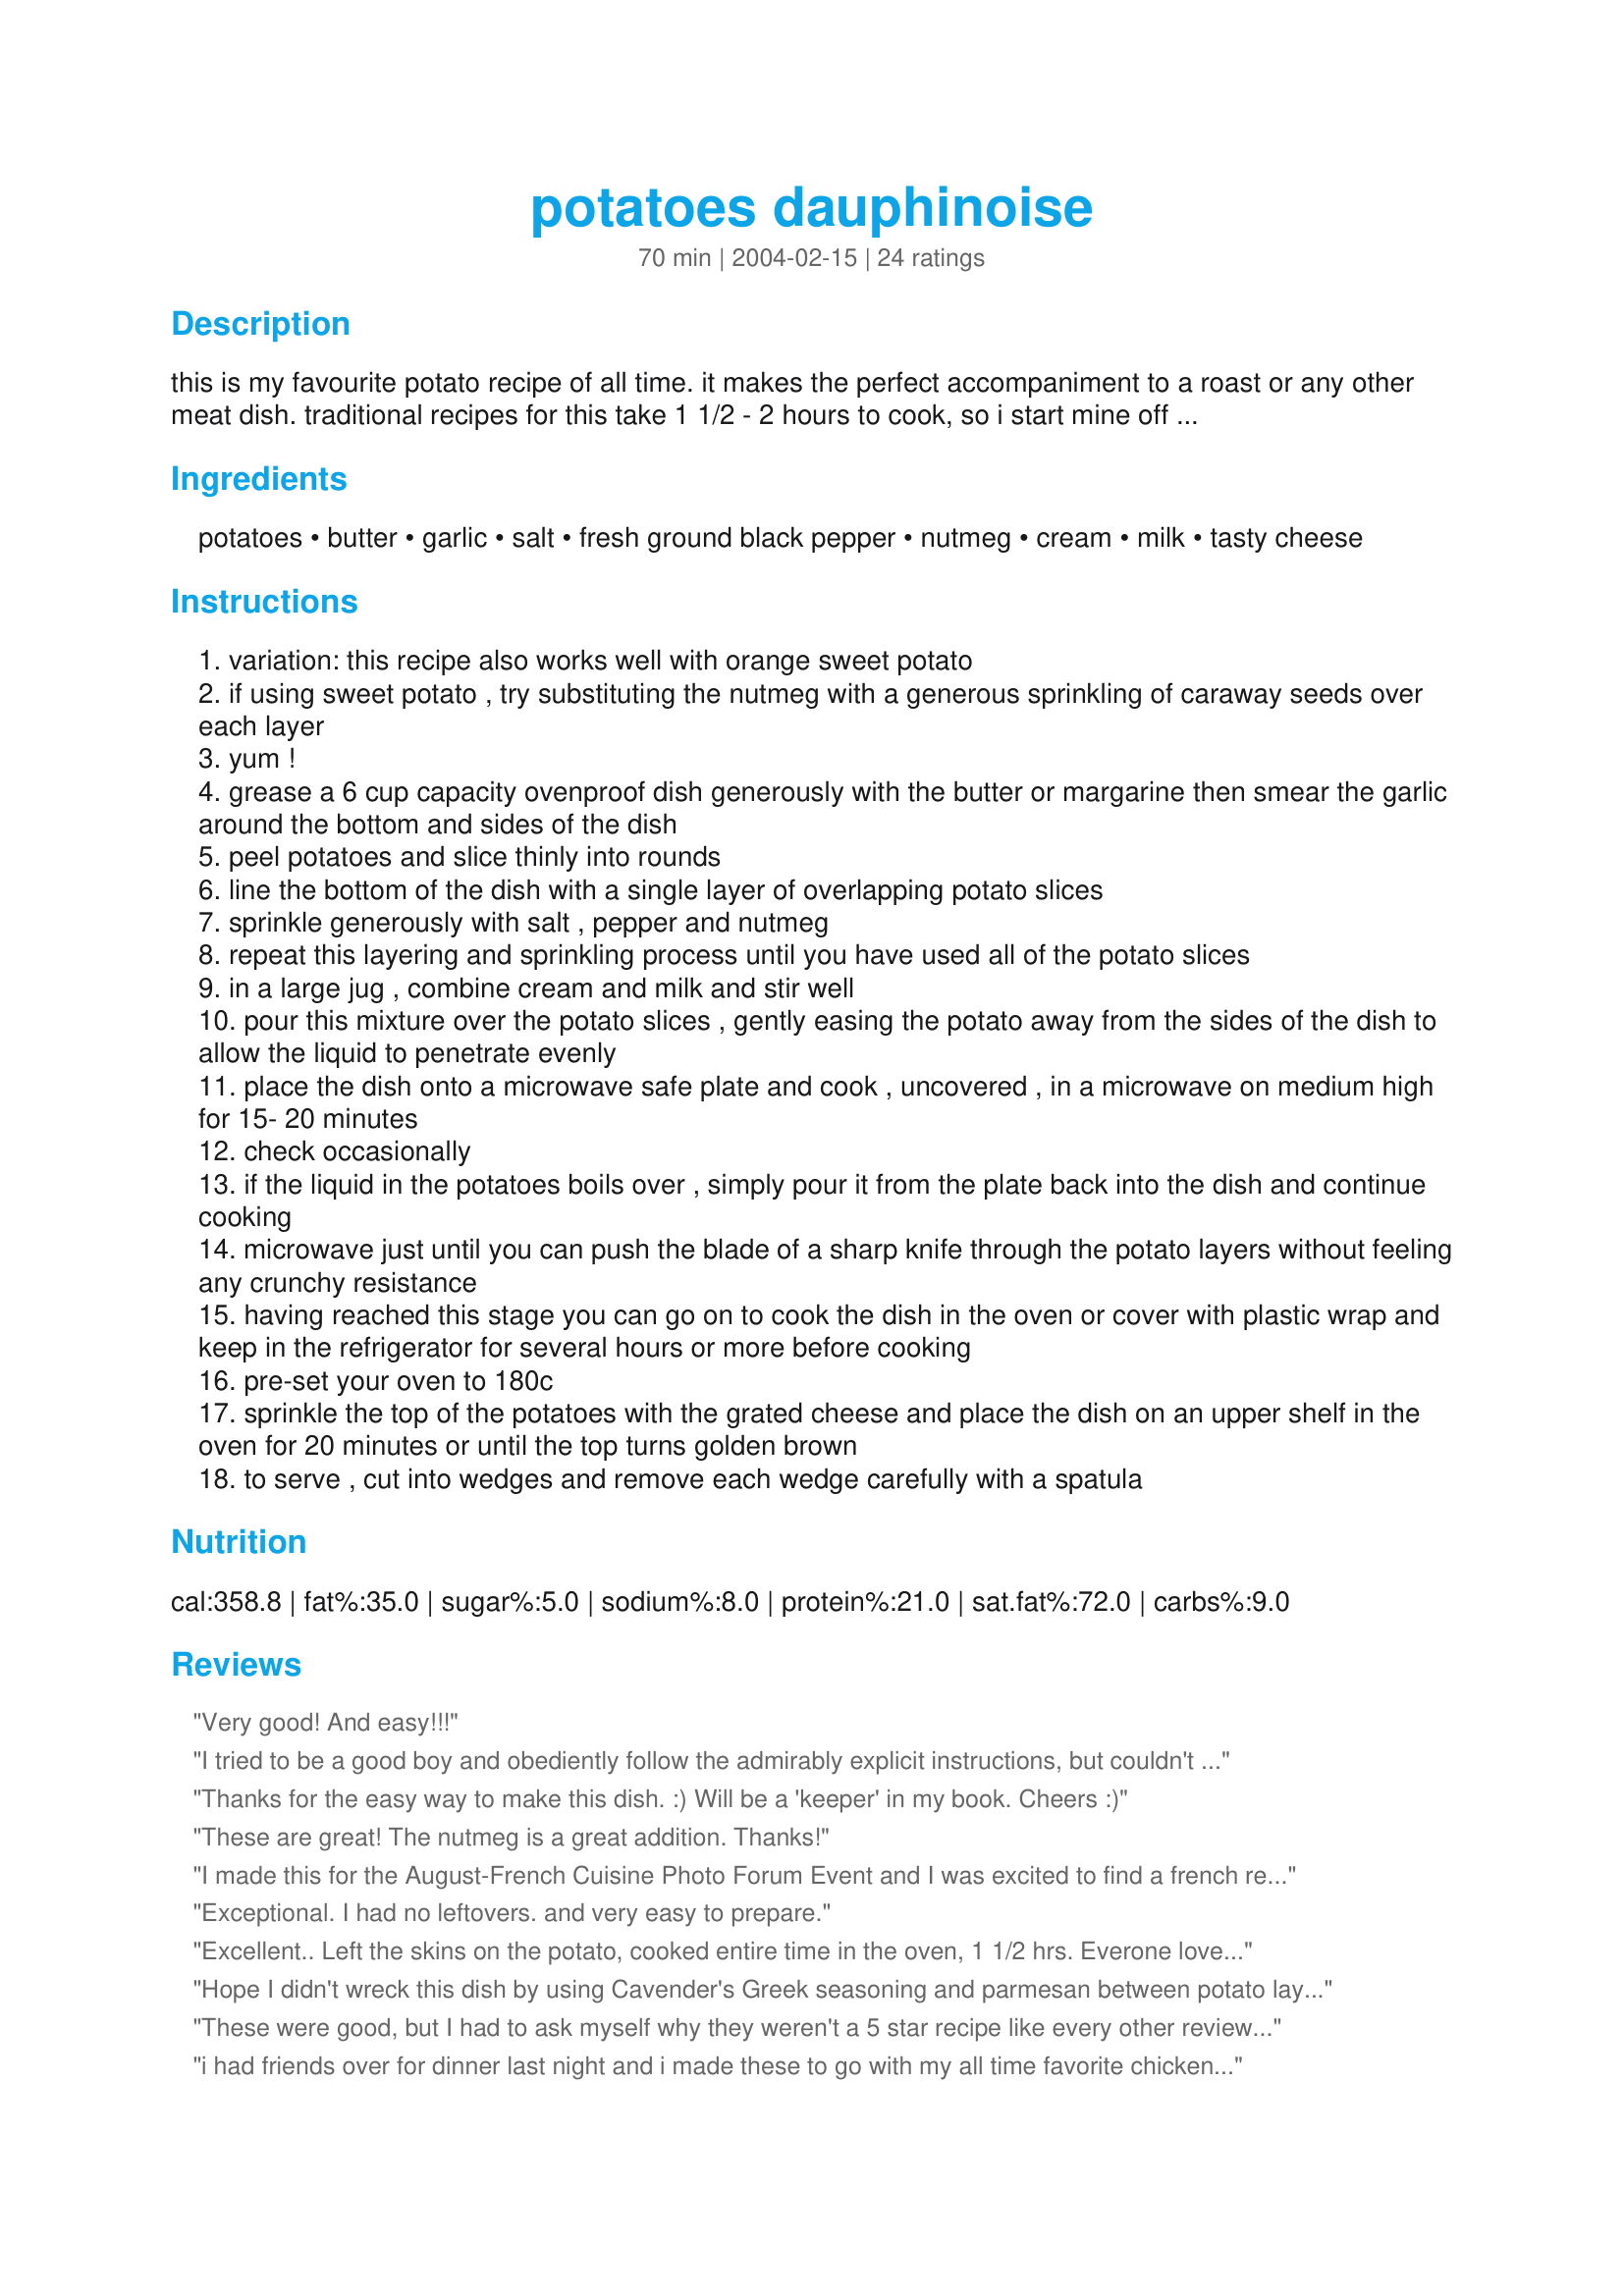
potatoes dauphinoise
Preparation time: 70 minutes

this is my favourite potato recipe of all time. it makes the perfect accompaniment to a roast or any other meat dish. traditional recipes for this take 1 1/2 - 2 hours to cook, so i start mine off in the microwave. some recipes are very rich, calling for all cream plus butter and cheese on the top. i've found this version - even when made with low fat ingredients - tastes wonderfully creamy but not too rich with no compromise on flavour. one of the best things about potatoes dauphinoise is that if there's any left over it keeps well in the fridge for several days and it reheats beautifully in the microwave (unlike roast potatoes which can taste a bit floury when reheated). i've also frozen it, defrosted it in the fridge during the day, then reheated it in the oven for dinner. try it - i know you'll love it!

Ingredients:
potatoes, butter, garlic, salt, fresh ground black pepper, nutmeg, cream, milk, tasty cheese

Steps:
variation: this recipe also works well with orange sweet potato
if using sweet potato , try substituting the nutmeg with a generous sprinkling of caraway seeds over each layer
yum !
grease a 6 cup capacity ovenproof dish generously with the butter or margarine then smear the garlic around the bottom and sides of the dish
peel potatoes and slice thinly into rounds
line the bottom of the dish with a single layer of overlapping potato slices
sprinkle generously with salt , pepper and nutmeg
repeat this layering and sprinkling process until you have used all of the potato slices
in a large jug , combine cream and milk and stir well
pour this mixture over the potato slices , gently easing the potato away from the sides of the dish to allow the liquid to penetrate evenly
place the dish onto a microwave safe plate and cook , uncovered , in a microwave on medium high for 15- 20 minutes
check occasionally
if the liquid in the potatoes boils over , simply pour it from the plate back into the dish and continue cooking
microwave just until you can push the blade of a sharp knife through the potato layers without feeling any crunchy resistance
having reached this stage you can go on to cook the dish in the oven or cover with plastic wrap and keep in the refrigerator for several hours or more before cooking
pre-set your oven to 180c
sprinkle the top of the potatoes with the grated cheese and place the dish on an upper shelf in the oven for 20 minutes or until the top turns golden brown
to serve , cut into wedges and remove each wedge carefully with a spatula

Reviews:
Very good! And easy!!!
I tried to be a good boy and obediently follow the admirably explicit instructions, but couldn't resist adding ultra thin-sliced onion and a sprinkle of parmigiano to each layer, making it I suppose a hybrid of Dauphinoise and Lyonnaise. Can you say 'sublime'?
With a side salad, it's hearty enough to stand as a meal in itself.
Thanks for the easy way to make this dish. :) Will be a 'keeper' in my book. 
Cheers :)
These are great! The nutmeg is a great addition. Thanks!
I made this for the August-French Cuisine Photo Forum Event and I was excited to find a french recipe that could be used for Once A Month Cooking. I made this as directed, using cheddar for the cheese. I had to add a fair bit of slat and pepper as it seemed to be lacking in flavour somewhat. I froze the leftovers and we look forward to having them again soon. Thanks!
Exceptional. I had no leftovers. and very easy to prepare.
Excellent..
Left the skins on the potato, cooked entire time in the oven, 1 1/2 hrs. Everone loved it. Deffernet with the nutmeg but delicious..Part of valentines dinner for my wife and 3 daughters..
Hope I didn't wreck this dish by using Cavender's Greek seasoning and parmesan between potato layers instead of salt, pepper and nutmeg. We didn't think so---tasted great. Thanks for the explicit directions.
These were good, but I had to ask myself why they weren't a 5 star recipe like every other reviewer. I decided it was the nutmeg. We found it a little bitter sprinkled over each layer. We liked the microwave hint-that really sped the dish up.
i had friends over for dinner last night and i made these to go with my all time favorite chicken dish. it went down a storm! thanks
Excellent recipe and so easy to make.
I served it with buffalo filet, wild mushroom/green beans/onion/pancetta casserole and caramelized pears topped with cranberry/port sauce.
perfect.
When I looked at this recipe I thought "Potatoes with Nutmeg?" Whodathunk? But I tried it as written and dh & I both love it! Next time I may try some sliced onions in it, but it is easy and very good the way it is. Thank you so much for educating my taste buds!
This got the thumbs up from my son who would have to be the most finicky eater out.
I made it exactly as the directions said, and I didn't get any spill over in the microwave, must have had the right dish.
I truly enjoyed it. I did not like the way the liquid bubbled over in the microwave so I think I will use a deeper dish next time. Other than that, it was very yummy, great texture, and reheats amazingly.
Made this for Christmas dinner. I couldn't find fresh nutmeg to grate, so I used powdered. Must have used way too much, because they were really spicy. Also, I just sliced the garlic and lined the bottom of the dish, but I think I used too much. However, everyone else loved them and went back for seconds. So it suited everyone else's tastes, but not mine. Also, the potatoes were too thin. Next time I'll adjust the thickness and seasonings. I also used gruyere cheese on top, but next time I'll layer it and maybe use chedder instead.
I halved this recipe then followed the directions as written. It resulted in a very tasty side dish. I love it that pre-cooking it in the microwave cuts down on oven time. Thanks for posting your recipe Kookaburra!
My manbeast always accuses me of over seasoning things so I have to be very mindful about that. Looking at this recipe I thought some tarragon sure be would be nice. But I resisted and made exactly as posted but used a light hand with the nutmeg. The manbeast Dugan inhaled these potatoes and ate very little else of his dinner. And he had them for breakfast this morning. He is a happy boy and has threatened violence if I tamper with the recipe. And he hid my tarragon.
This is an excellent version of Dauphinois potatoes. I used a combination of white and orange sweet potato and guyere cheese. Excellent instructions and the flavour was fantastic! Thanks!
PS> I also halved it as there are only two of us. We will eat the leftovers today!
Very yummy. I used heavy cream and full-cream milk, and made the full quantity which DH and I demolished in 2 sessions (it reheated well the second day). I also didn't get any spill-over in the microwave oven. Loved the garlic! This recipe is a winner, and is great for entertaining. Next time I may try it with gruyere cheese.
I also halved this recipe. (There are just the two of us.) I cooked mine in the oven for the entire time. 40 minutes. Added cheese for the last 15 minutes. It was sooo good. DW really liked it. An easy recipe to follow. Next time, I will use the micro wave. A Real keeper of a recipe. Thank you for posting, Kooka.
jim
I never would have put nutmeg and potatoes together. Very delicious.
YUM! Just YUM!!! Will definately make this again, and soon :)
Very nice change for potatoes. Pretty good.
This went down a treat. Instead of putting cheese on the top I sprinkled a but of dried parmesan cheese in between each layer instead on the nutmeg it was lovely. The microwave trick for making this is superb it cuts the time to make them down drastically.
